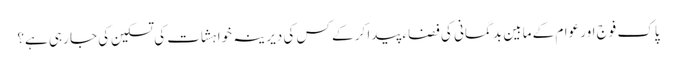
پاک فوج اور عوام کے مابین بد گمانی کی فضاء پیدا کر کے کس کی دیرینہ خواہشات کی تسکین کی جا رہی ہے؟